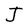
Character: J